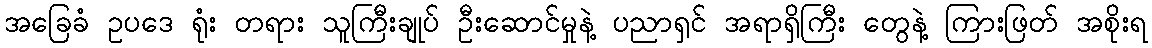
အခြေခံ ဥပဒေ ရုံး တရား သူကြီးချုပ် ဦးဆောင်မှုနဲ့ ပညာရှင် အရာရှိကြီး တွေနဲ့ ကြားဖြတ် အစိုးရ